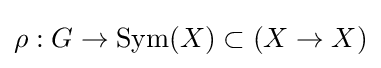
\rho :G\rightarrow {\text{Sym}}(X)\subset (X\rightarrow X)